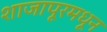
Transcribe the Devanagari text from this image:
शाजापूरमधून